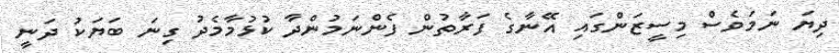
ދިޔަ ނަމަވެސް މިސީޒަންގައި އޭނާގެ ފަރާތުން ފެންނަމުންދާ ކުޅުމާމެދު ގިނަ ބަޔަކު ދަނީ